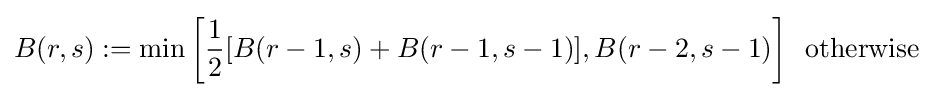
B(r,s):=\min {\bigg [}{\frac {1}{2}}[B(r-1,s)+B(r-1,s-1)],B(r-2,s-1){\bigg ]}~~{\text{otherwise}}